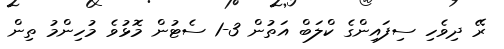
ރޭ ދިވެހި ސިފައިންގެ ކްލަބް އަތުން 3-1 ސެޓުން މޮޅުވެ މުހިންމު ތިން